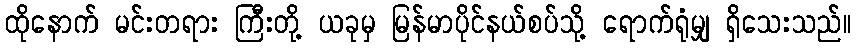
ထိုနောက် မင်းတရား ကြီးတို့ ယခုမှ မြန်မာပိုင်နယ်စပ်သို့ ရောက်ရုံမျှ ရှိသေးသည်။